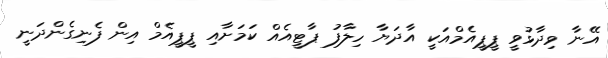
އޭނާ ވިދާޅުވީ ޕީޕީއެމްއަކީ އާދަޔާ ހިލާފު ޕާޓީއެއް ކަމަށާއި ޕީޕީއެމް އިން ފެނިގެންދަނީ